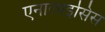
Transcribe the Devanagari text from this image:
एनालाइसिस